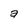
Character: a